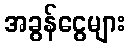
အခွန်ငွေများ